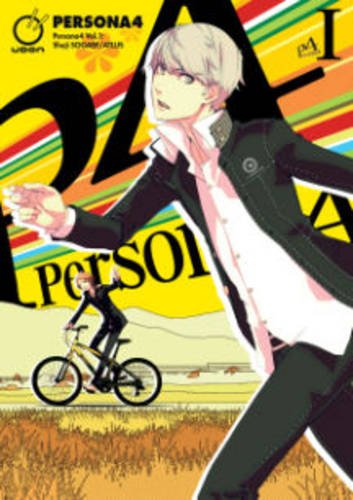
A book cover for Persona 4 Volume 1 (Persona 4 Gn); Atlus; Comics & Graphic Novels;